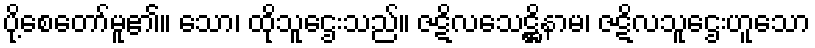
ပို့စေတော်မူ၏။ သော၊ ထိုသူဌေးသည်။ ဇဋိလသေဋ္ဌိနာမ၊ ဇဋိလသူဌေးဟူသော